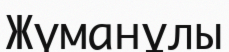
Жүманұлы